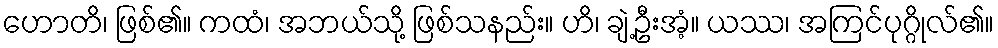
ဟောတိ၊ ဖြစ်၏။ ကထံ၊ အဘယ်သို့ ဖြစ်သနည်း။ ဟိ၊ ချဲ့ဦးအံ့။ ယဿ၊ အကြင်ပုဂ္ဂိုလ်၏။